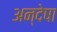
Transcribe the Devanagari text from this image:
अन्देषा